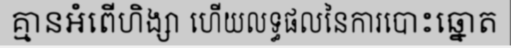
គ្មានអំពើហិង្សា ហើយលទ្ធផលនៃការបោះឆ្នោត